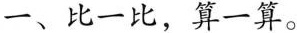
一、比一比，算一算。